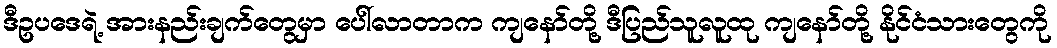
ဒီဥပဒေရဲ့ အားနည်းချက်တွေမှာ ပေါ်လာတာက ကျနော်တို့ ဒီပြည်သူလူထု ကျနော်တို့ နိုင်ငံသားတွေကို